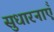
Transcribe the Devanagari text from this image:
सुधारनाएँ